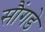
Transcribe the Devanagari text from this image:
सौंगडे